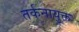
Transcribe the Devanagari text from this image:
तर्कनायुक्त